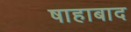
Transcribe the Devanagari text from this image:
षाहाबाद